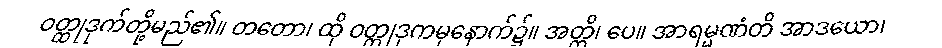
ဝတ္ထုဒုက်တို့မည်၏။ တတော၊ ထို ဝတ္ထုဒုကမှနောက်၌။ အတ္ထိ၊ ပေ။ အာရမ္မဏံတိ အာဒယော၊